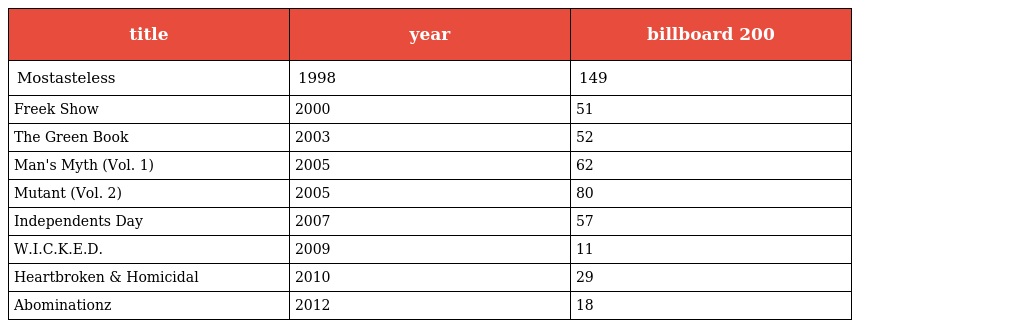
| title | year | billboard 200 |
 | --- | --- | --- |
 | Mostasteless | 1998 | 149 |
 | Freek Show | 2000 | 51 |
 | The Green Book | 2003 | 52 |
 | Man's Myth (Vol. 1) | 2005 | 62 |
 | Mutant (Vol. 2) | 2005 | 80 |
 | Independents Day | 2007 | 57 |
 | W.I.C.K.E.D. | 2009 | 11 |
 | Heartbroken & Homicidal | 2010 | 29 |
 | Abominationz | 2012 | 18 |